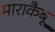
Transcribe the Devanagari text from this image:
माराकैबू